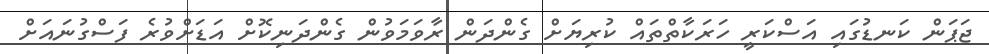
ޖަޕަން ކަނޑުގައި އަސްކަރީ ހަރަކާތްތައް ކުރިޔަށް ގެންދަން ރާވަމަވުން ގެންދަނިކޮށް އަޑަށްވުރެ ފަސްގުނައަށް